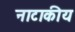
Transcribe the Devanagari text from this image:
नाटाकीय